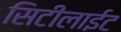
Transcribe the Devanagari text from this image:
सिटीलाईट